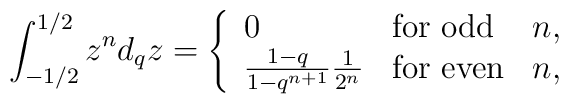
\int^{1/2}_{-1/2}z^nd_qz=\left\{ \begin{array}{lll} 0& \mbox{for odd}& n, \\ \frac{1-q}{1-q^{n+1}}\frac{1}{2^n}& \mbox{for even}& n, \end{array}\right.